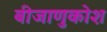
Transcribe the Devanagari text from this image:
बीजाणुकोश